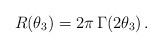
LaTeX: \begin{align*}R(\theta_3)=2\pi\,\Gamma(2\theta_3)\,.\end{align*}